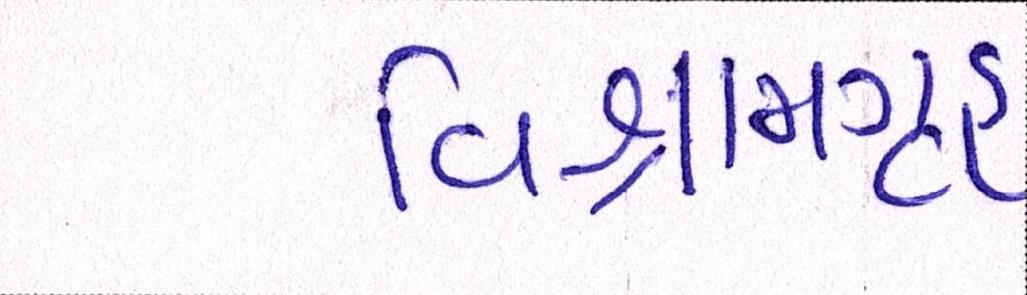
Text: વિશ્રામગૃહ